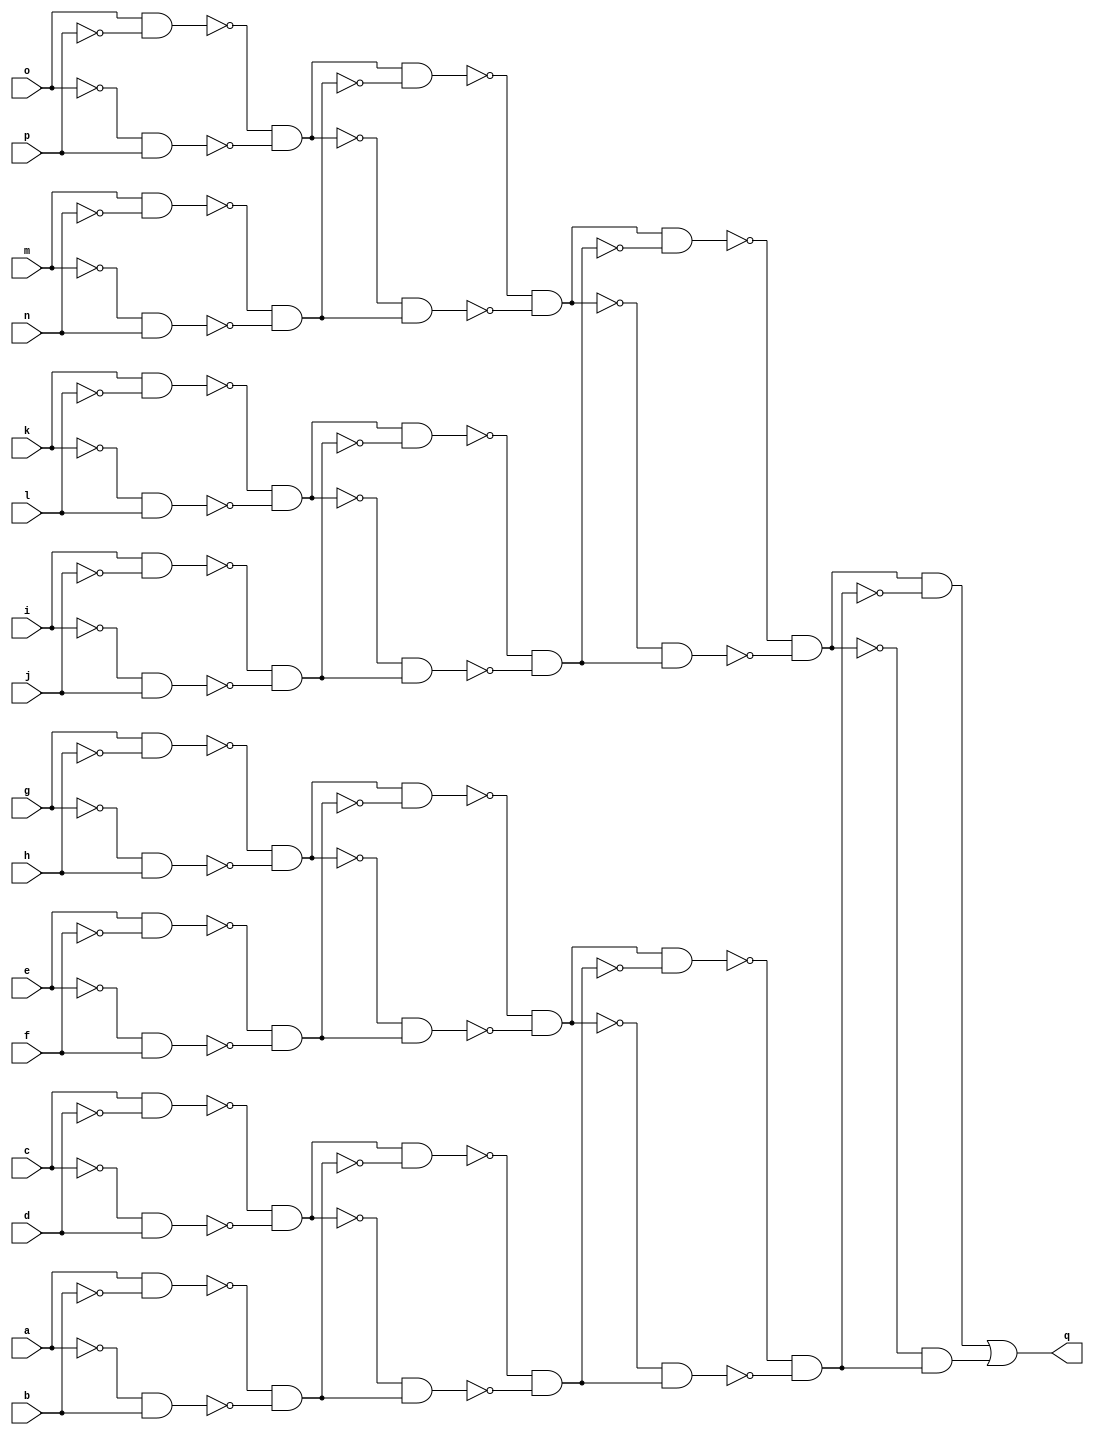
module PARITYFDS ( 
    a, b, c, d, e, f, g, h, i, j, k, l, m, n, o, p,
    q  );
  input  a, b, c, d, e, f, g, h, i, j, k, l, m, n, o, p;
  output q;
  wire new_n18_, new_n19_, new_n20_, new_n21_, new_n22_, new_n23_, new_n24_,
    new_n25_, new_n26_, new_n27_, new_n28_, new_n29_, new_n30_, new_n31_,
    new_n32_, new_n33_, new_n34_, new_n35_, new_n36_, new_n37_, new_n38_,
    new_n39_, new_n40_, new_n41_, new_n42_, new_n43_, new_n44_, new_n45_,
    new_n46_, new_n47_, new_n48_, new_n49_, new_n50_, new_n51_, new_n52_,
    new_n53_, new_n54_, new_n55_, new_n56_, new_n57_, new_n58_, new_n59_,
    new_n60_, new_n61_;
  assign new_n18_ = o & ~p;
  assign new_n19_ = ~o & p;
  assign new_n20_ = ~new_n18_ & ~new_n19_;
  assign new_n21_ = m & ~n;
  assign new_n22_ = ~m & n;
  assign new_n23_ = ~new_n21_ & ~new_n22_;
  assign new_n24_ = new_n20_ & ~new_n23_;
  assign new_n25_ = ~new_n20_ & new_n23_;
  assign new_n26_ = ~new_n24_ & ~new_n25_;
  assign new_n27_ = k & ~l;
  assign new_n28_ = ~k & l;
  assign new_n29_ = ~new_n27_ & ~new_n28_;
  assign new_n30_ = i & ~j;
  assign new_n31_ = ~i & j;
  assign new_n32_ = ~new_n30_ & ~new_n31_;
  assign new_n33_ = new_n29_ & ~new_n32_;
  assign new_n34_ = ~new_n29_ & new_n32_;
  assign new_n35_ = ~new_n33_ & ~new_n34_;
  assign new_n36_ = new_n26_ & ~new_n35_;
  assign new_n37_ = ~new_n26_ & new_n35_;
  assign new_n38_ = ~new_n36_ & ~new_n37_;
  assign new_n39_ = g & ~h;
  assign new_n40_ = ~g & h;
  assign new_n41_ = ~new_n39_ & ~new_n40_;
  assign new_n42_ = e & ~f;
  assign new_n43_ = ~e & f;
  assign new_n44_ = ~new_n42_ & ~new_n43_;
  assign new_n45_ = new_n41_ & ~new_n44_;
  assign new_n46_ = ~new_n41_ & new_n44_;
  assign new_n47_ = ~new_n45_ & ~new_n46_;
  assign new_n48_ = c & ~d;
  assign new_n49_ = ~c & d;
  assign new_n50_ = ~new_n48_ & ~new_n49_;
  assign new_n51_ = a & ~b;
  assign new_n52_ = ~a & b;
  assign new_n53_ = ~new_n51_ & ~new_n52_;
  assign new_n54_ = new_n50_ & ~new_n53_;
  assign new_n55_ = ~new_n50_ & new_n53_;
  assign new_n56_ = ~new_n54_ & ~new_n55_;
  assign new_n57_ = new_n47_ & ~new_n56_;
  assign new_n58_ = ~new_n47_ & new_n56_;
  assign new_n59_ = ~new_n57_ & ~new_n58_;
  assign new_n60_ = new_n38_ & ~new_n59_;
  assign new_n61_ = ~new_n38_ & new_n59_;
  assign q = new_n60_ | new_n61_;
endmodule